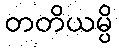
တတိယမ္ပိ